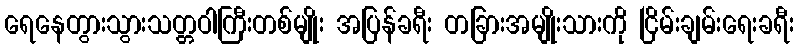
ရေနေတွားသွားသတ္တဝါကြီးတစ်မျိုး အပြန်ခရီး တခြားအမျိုးသားကို ငြိမ်းချမ်းရေးခရီး